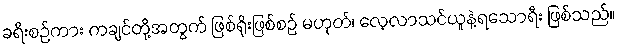
ခရီးစဉ်ကား ကချင်တို့အတွက် ဖြစ်ရိုးဖြစ်စဉ် မဟုတ်၊ လေ့လာသင်ယူနဲ့ရသောရီး ဖြစ်သည်။